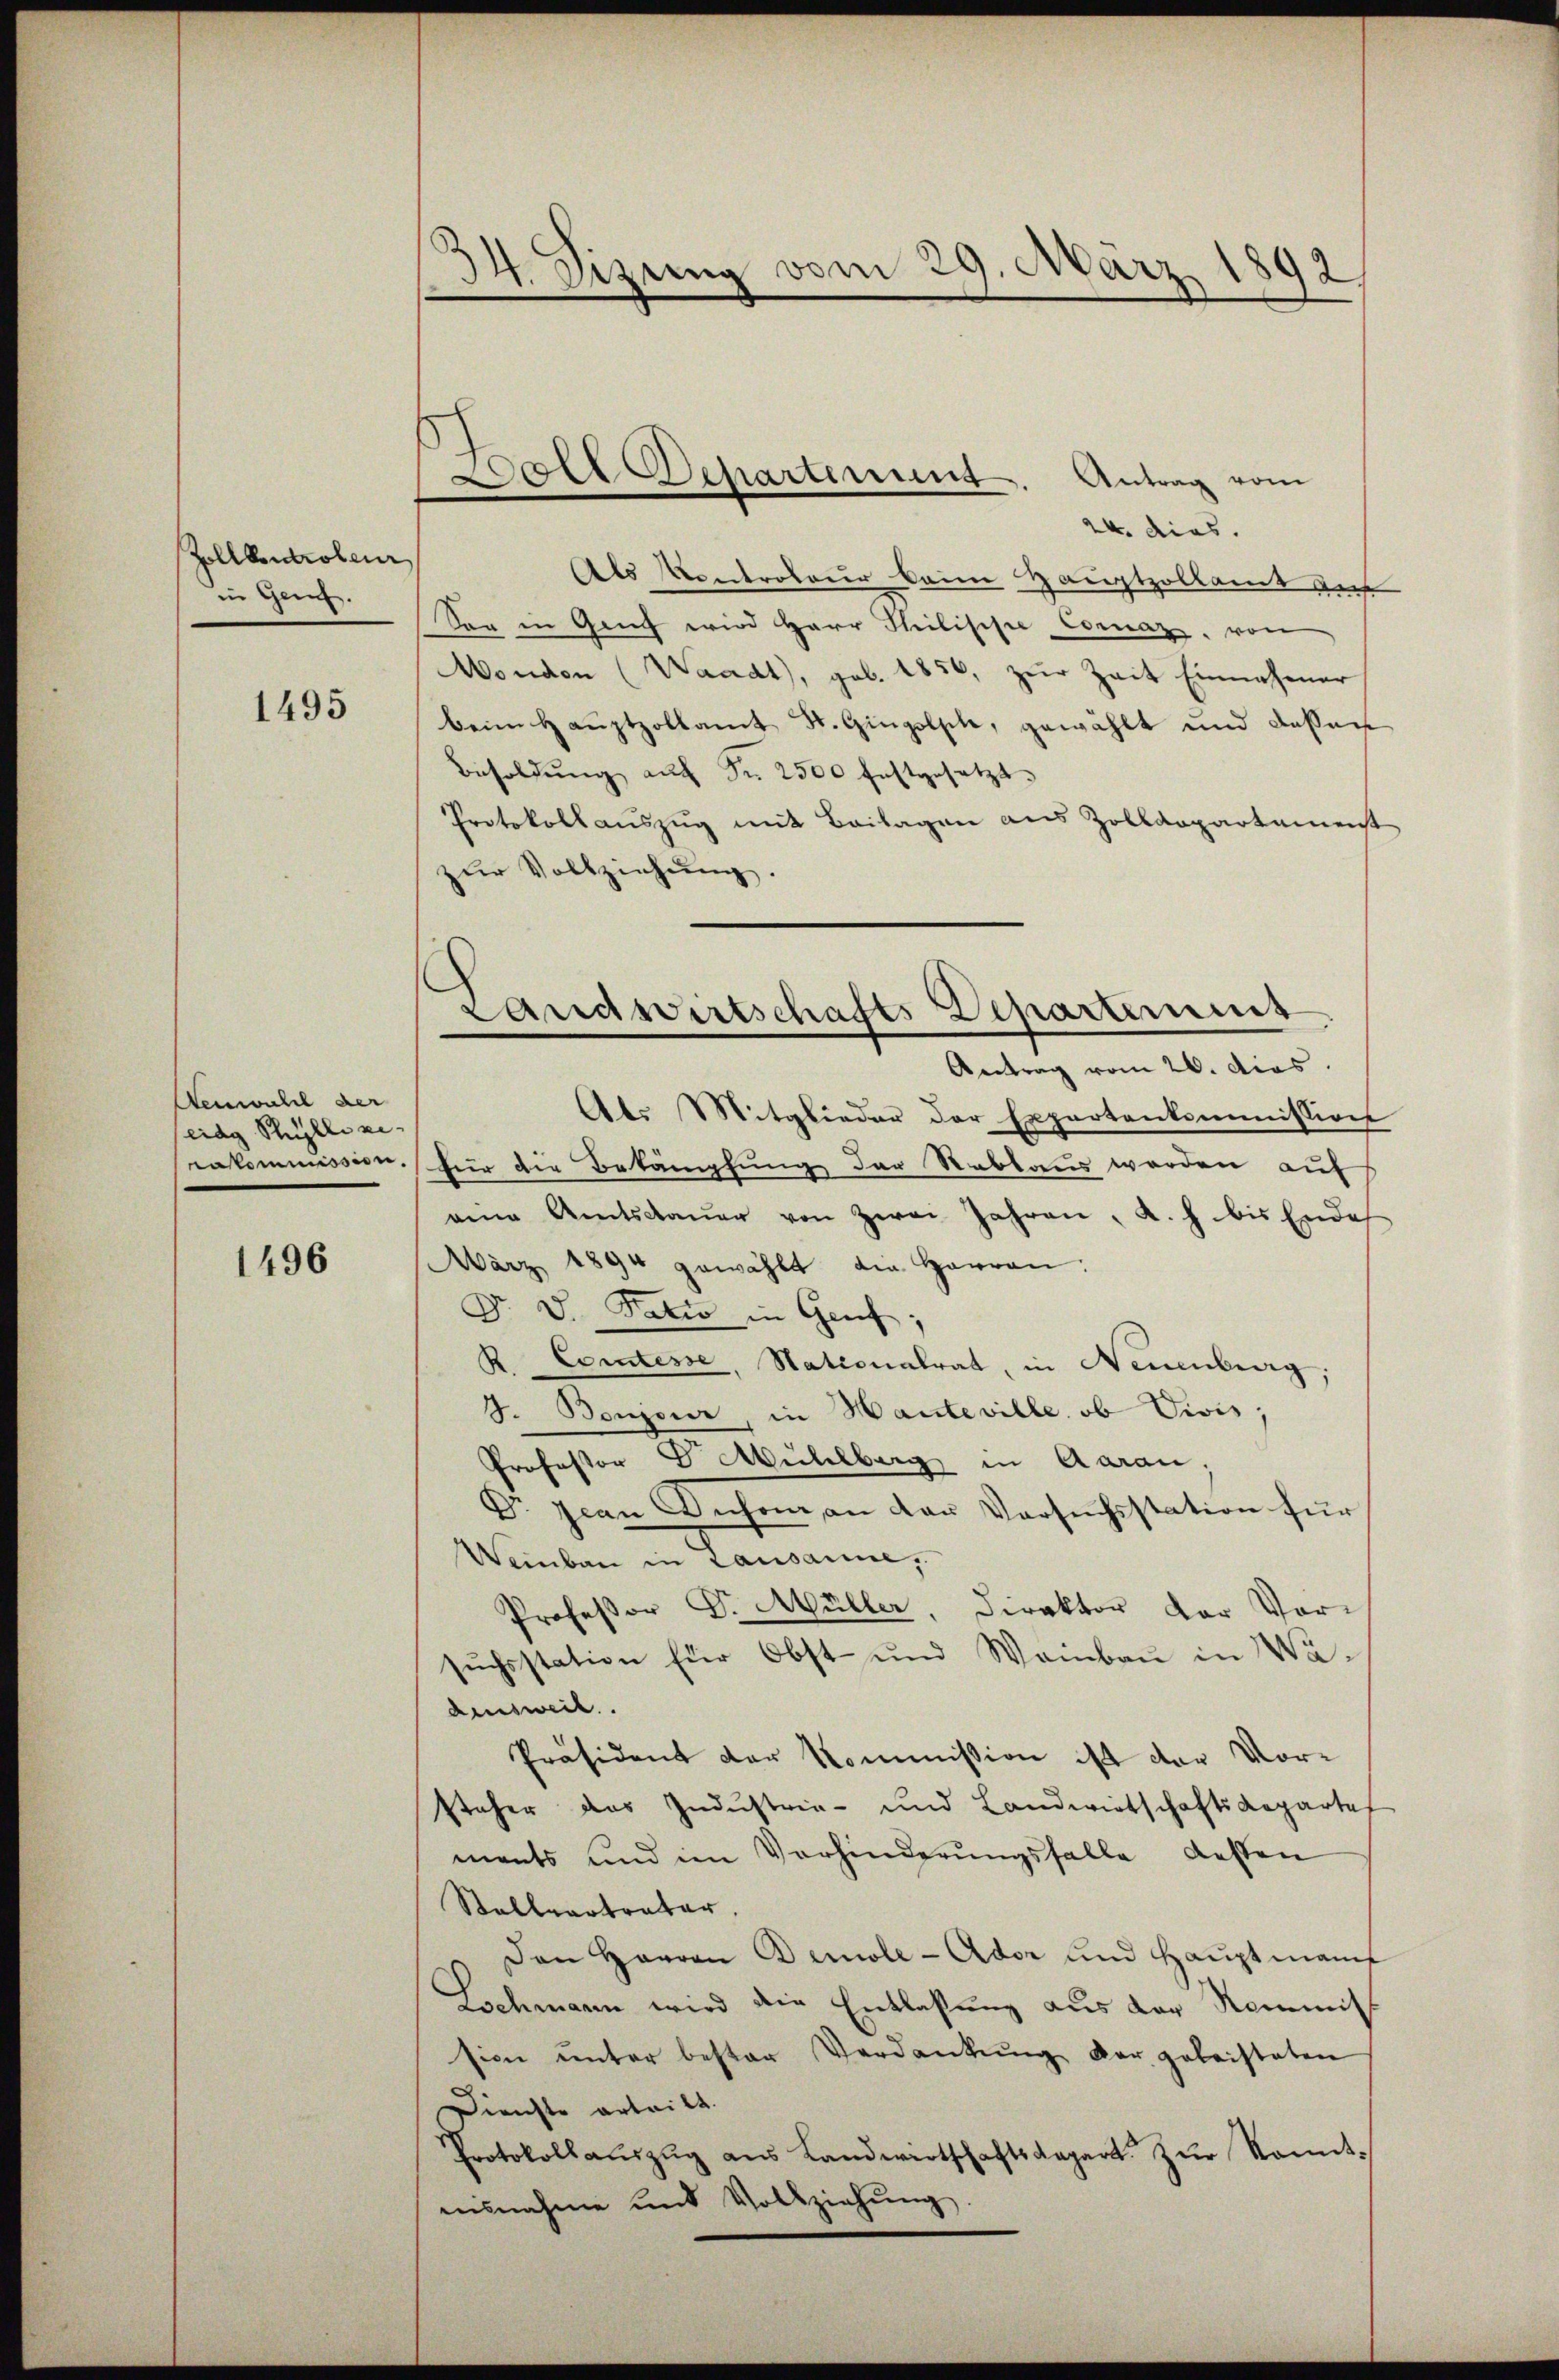
Zollkontroleur
in Genf.

1495

Aenwald der
sera Stelle ei
rakommission.

1496

34. Sizung vom 29. März 1892

Doll Departement. Antrag vom

Landwirtschafts Departens
Antrag vom 26. Acas.

24. dies.
Als Kontrateur kein Hauptzollamt au
Sog in Genf wird Herr Philische Comaz, von
Monden (Waadt, geb. 1850, zŭr Zeit Einnahmer
beim Haŭptzollamt St. Gingolsche, gewählt und dassen
Besoldŭng auf Nr. 2500 festgesetzt.
Protokollauszug mit Beilagen aus Zolldepartemenst
zŭr Vollziehŭng.
Als Mitglieder der Expertenkommissions
für die Bekämpfung der Reblaus werden auf
aine Amtsdaŭer von Zwei Jahren, A. h. bis Ender
März 1894 gewählt die Harran:
Dr. V. Natio in Genf,
R. Comtesse, Nationalrat, in Neuenburg,
3. Bonzour, in Hanteville, ob Divis,
Professor Dr. Mühlberg in Aarau
Dr. Jean Inson an den Versuchsstation für
Weinbau in Lausanne,
Professor Dr. Müller, Direktor der Vor-
sŭchsstation für Obst und Wambau in Wadensweil.
Präsident der Kommission ist der Vor-
steher das Industrie- und Landwirtschaftsdepartes
ments und im Vorhinderŭngsfalle dessen
Stallvertreter,
Den Herren Berole-Ador und Hauptmannt
Lschmann wird die Entlassung aus der Kommis
sion unter bester Verdankŭng der geleisteten
Dienste erteilt.
Protokoll aŭszŭg aŭs Landwertschaftsdepart. Zŭr kanntnisnahme und Vollziehŭng